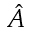
\hat { A }